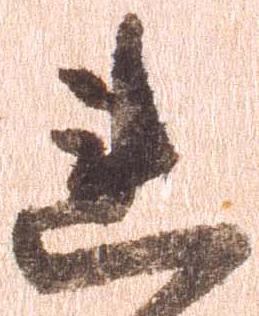
連